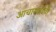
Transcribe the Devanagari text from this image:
आचारादींची